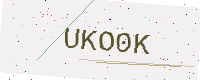
Text: UKO0K